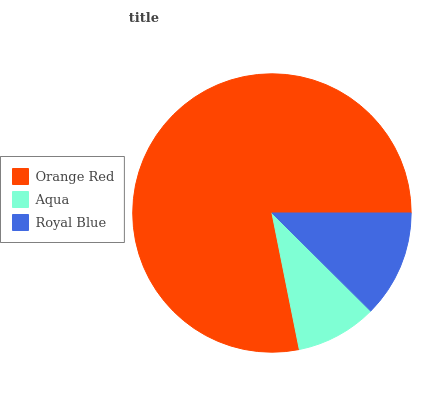
| Orange Red | Aqua | Royal Blue |
 | --- | --- | --- |
 | 78.1% | 9.41% | 12.4% |